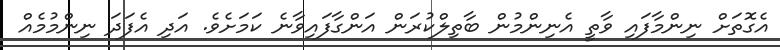
އެގޮތަށް ނިންމާފައި ވާތީ އެނިންމުން ބާތިލްކުރަން އަންގާފައިވާނެ ކަމަށެވެ. އަދި އެފަދަ ނިންމުމެއް